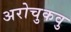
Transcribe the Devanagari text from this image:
अरोचुकवु